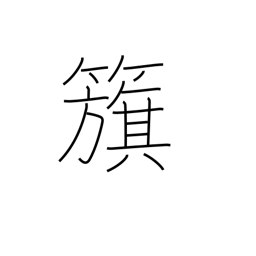
Meaning: flag